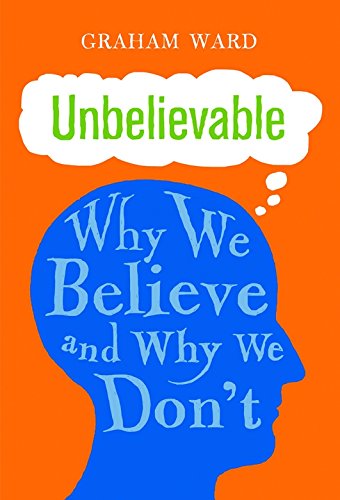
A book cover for Unbelievable: Why We Believe and Why We Don't; Graham Ward; Politics & Social Sciences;